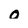
Character: 0